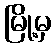
မြို့မှ